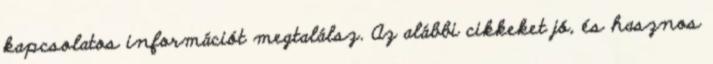
kapcsolatos információt megtalálsz. Az alábbi cikkeket jó, és hasznos